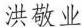
洪敬业